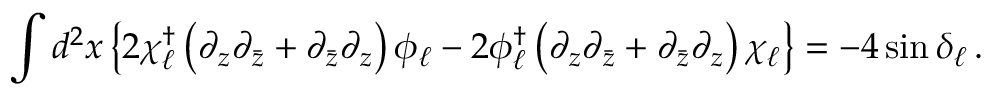
\int d ^ { 2 } x \left\{ 2 \chi _ { \ell } ^ { \dagger } \left( \partial _ { z } \partial _ { \bar { z } } + \partial _ { \bar { z } } \partial _ { z } \right) \phi _ { \ell } - 2 \phi _ { \ell } ^ { \dagger } \left( \partial _ { z } \partial _ { \bar { z } } + \partial _ { \bar { z } } \partial _ { z } \right) \chi _ { \ell } \right\} = - 4 \sin \delta _ { \ell } \, .